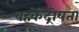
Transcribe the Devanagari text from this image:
बहुकेंद्रीयता